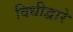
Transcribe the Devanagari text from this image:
विधीद्वारे